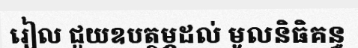
រៀល ជួយឧបត្ថម្ភដល់ មូលនិធិគន្ធ